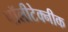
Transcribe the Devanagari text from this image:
पॉलीटेक्नीक